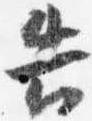
告